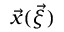
\vec { x } ( \vec { \xi } )